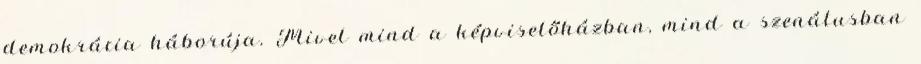
demokrácia háborúja. Mivel mind a képviselőházban, mind a szenátusban